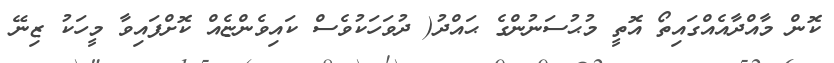
ކޮން މާއްދާއެއްގައިތޯ އޮތީ މުޙުސަނުންގެ ޙައްދު( ދުވަހަކުވެސް ކައިވެންޏެއް ކޮށްފައިވާ މީހަކު ޒިނޭ